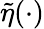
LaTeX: \tilde{\eta}(\cdot)